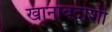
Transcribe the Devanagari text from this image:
खानाबदोशी